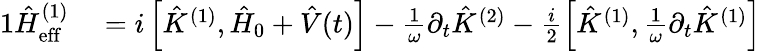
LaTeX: \begin{array}{rl}{{1}\hat{H}_{\mathrm{eff}}^{(1)}}&{{}=i\left[\hat{K}^{(1)},\hat{H}_{0}+\hat{V}(t)\right]-\frac{1}{\omega}\partial_{t}\hat{K}^{(2)}-\frac{i}{2}\left[\hat{K}^{(1)},\frac{1}{\omega}\partial_{t}\hat{K}^{(1)}\right]}\end{array}